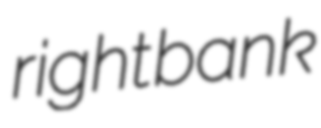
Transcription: right bank